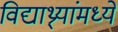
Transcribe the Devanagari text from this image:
विद्याथ्र्यांमध्ये